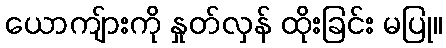
ယောကျ်ားကို နှုတ်လှန် ထိုးခြင်း မပြု။